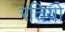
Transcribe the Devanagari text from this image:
रतियो